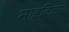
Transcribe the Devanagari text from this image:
माइटिलस